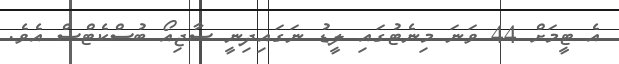
އެ ޓީމަށް 44 ވަނަ މިނެޓުގައި ލީޑު ނަގައިދިނީ ސާޖިއޯ ބުސްކެޓްސް އެވެ.